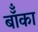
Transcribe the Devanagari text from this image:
बॉँका